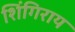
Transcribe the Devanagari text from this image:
शिंगिराय